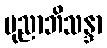
ပုညာဘိသန္ဒာ